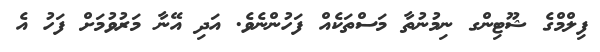
ފިލްމްގެ ޝޫޓިންގ ނިމުނުތާ މަސްތަކެއް ފަހުންނެވެ. އަދި އޭނާ މަރުވުމަށް ފަހު އެ